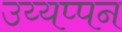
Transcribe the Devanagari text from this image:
उय्यप्पन